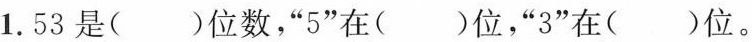
1.53是()位数，”5”在()位”3”在()位